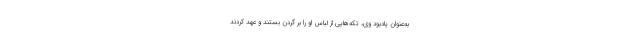
به‌عنوان یادبود وی، تکه‌هایی از لباس او را بر گردن بستند و عهد کردند